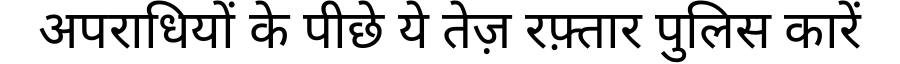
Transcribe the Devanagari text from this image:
अपराधियों के पीछे ये तेज़ रफ़्तार पुलिस कारें